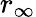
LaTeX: r_{\infty}